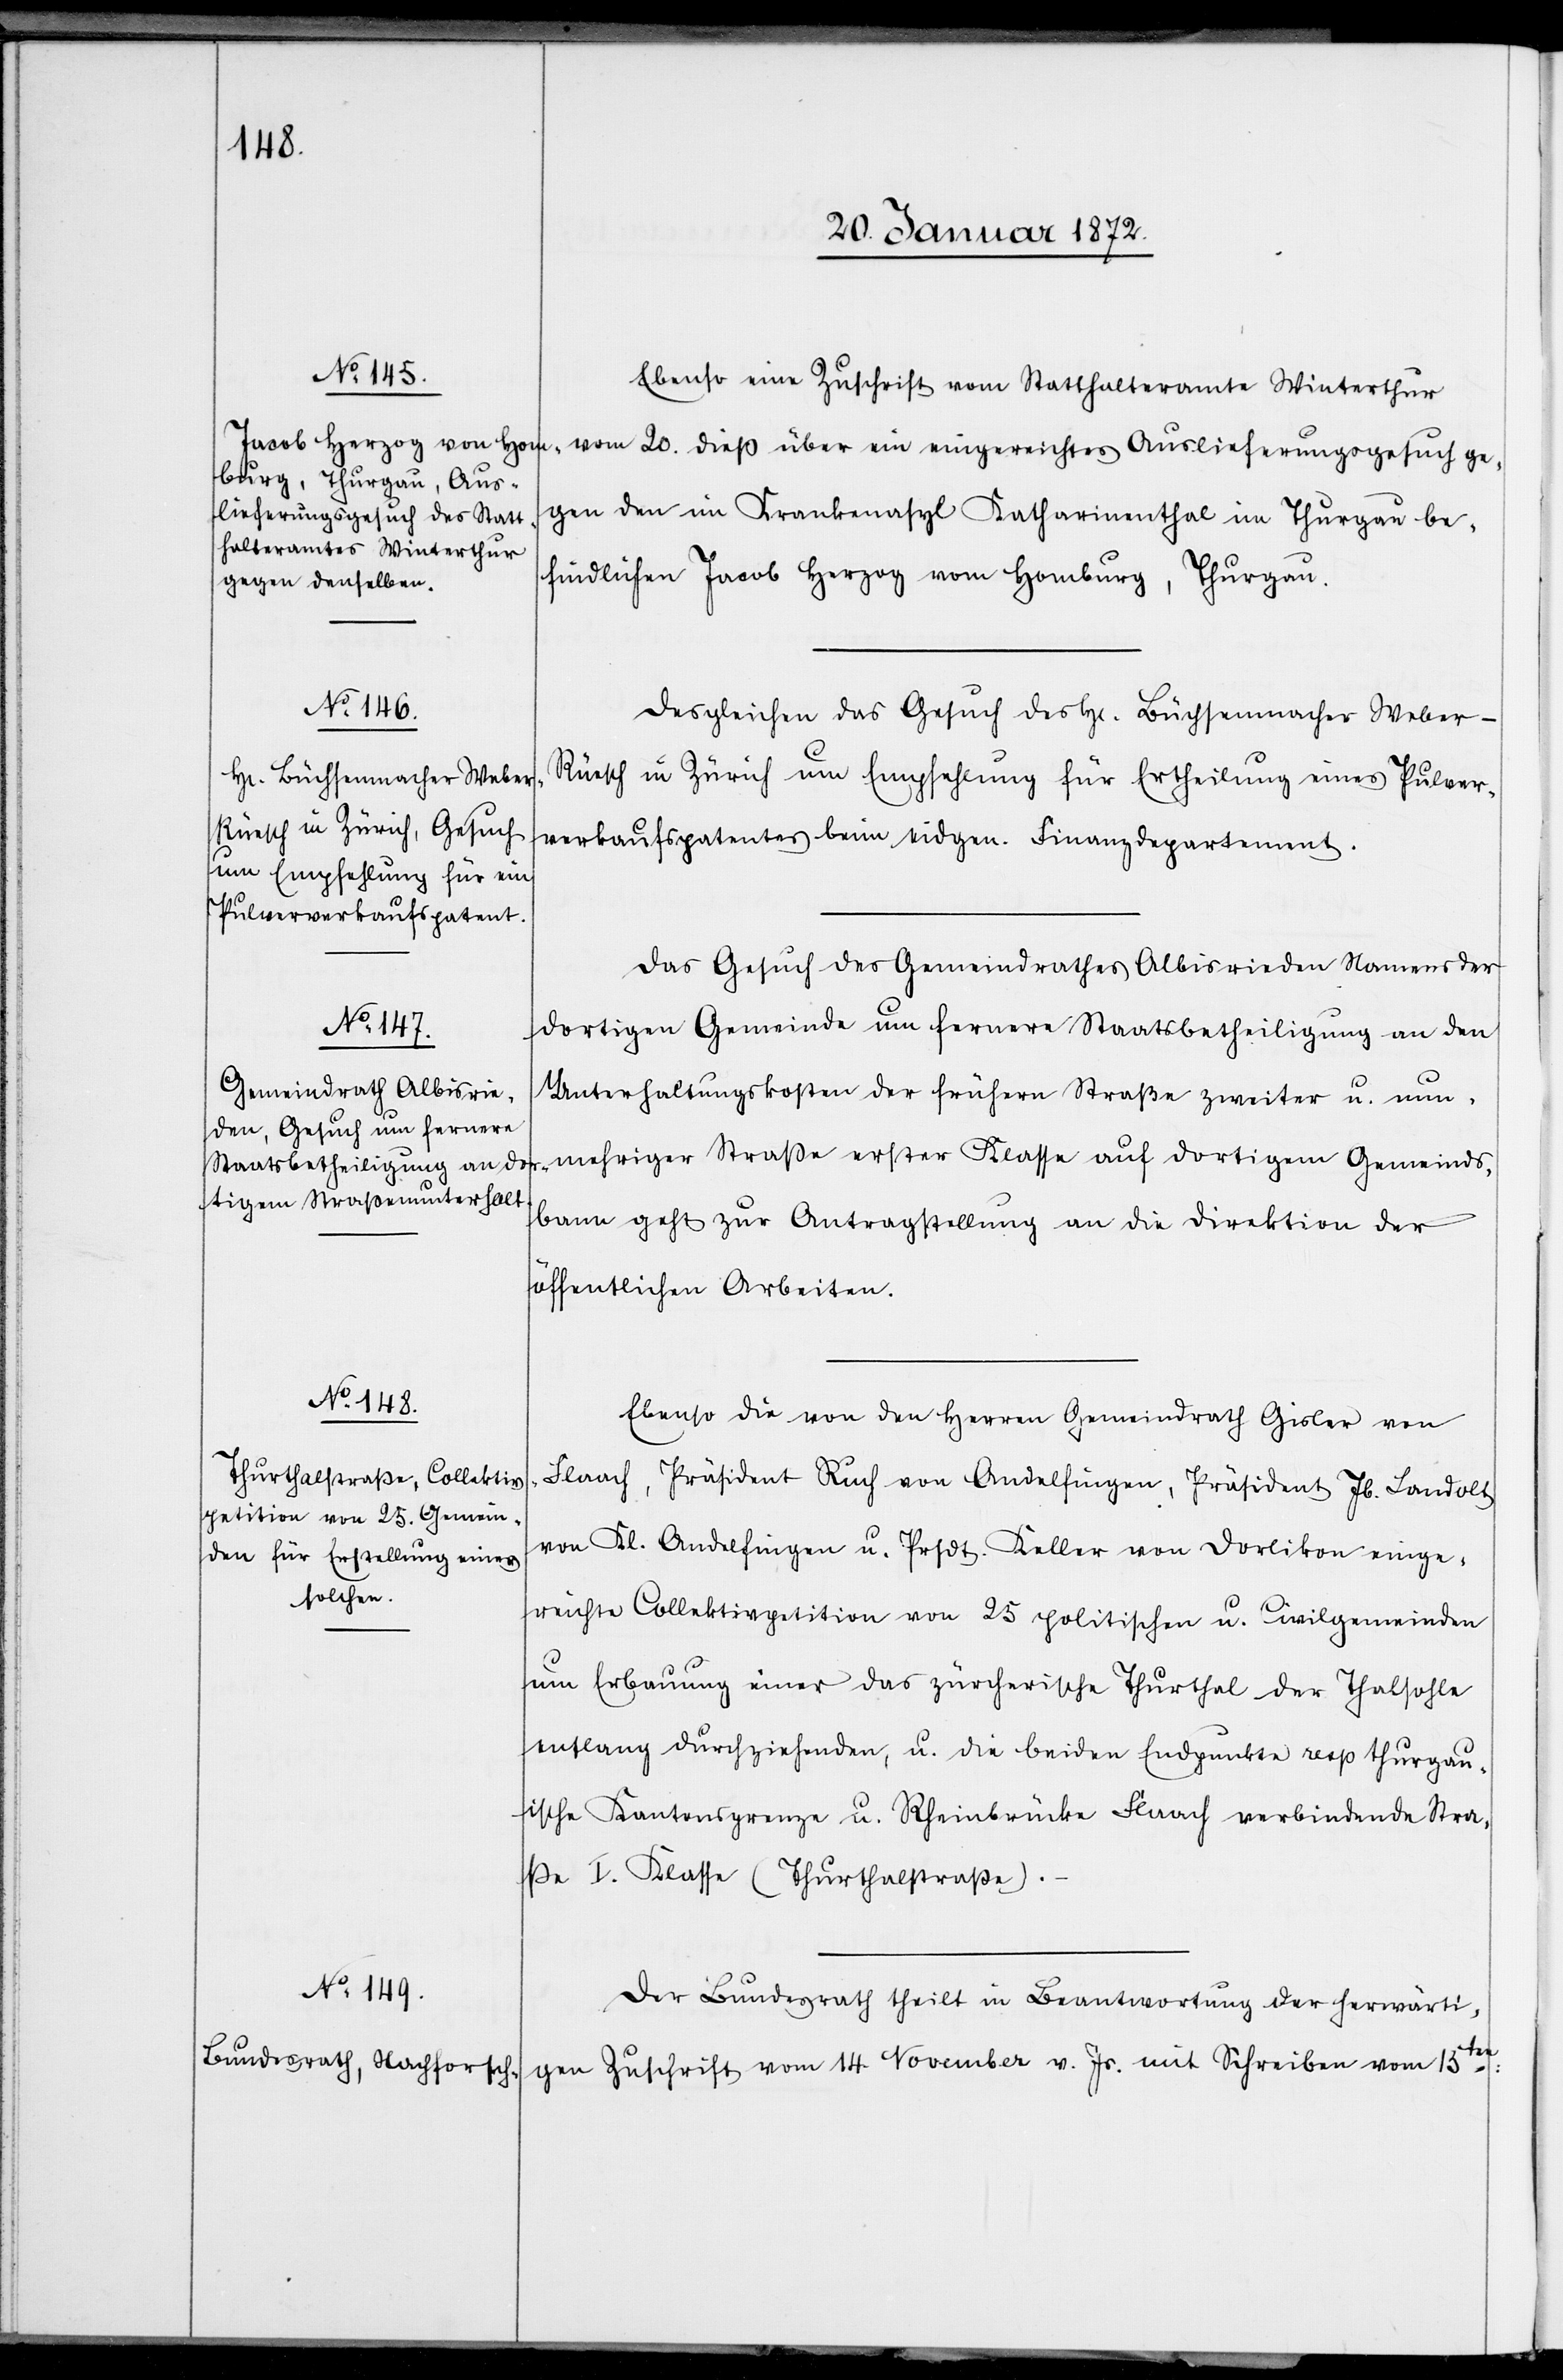
23. Januar 1872.]
Ebenso eine Zuschrift vom Statthalteramte Winterthur
gegen den im Krankenasyl Katharinenthal im Thurgau be¬
findlichen Jacob Herzog vom Homburg, Thurgau.
Desgleichen das Gesuch des H[errn] Büchsenmacher Weber-R¬
üesch in Zürich um Empfehlung für Ertheilung eines Pulver¬
verkaufspatentes beim eidgen. Finanzdepartement.
Das Gesuch des Gemeindrathes Albisrieden Namens der
dortigen Gemeinde um fernere Staatsbetheiligung an den
Unterhaltungskosten der frühern Straße zweiter u. nun¬
mehriger Straße erster Klasse auf dortigem Gemeinds¬
bann geht zur Antragstellung an die Direktion der
öffentlichen Arbeiten.
Ebenso die von den Herren Gemeindrath Gisler von
Flaach, Präsident Ruch von Andelfingen, Präsident Jb. Landolt
von Kl. Andelfingen u. Prsdt. Keller von Dorlikon einge¬
reichte Collektivpetition von 25 politischen u. Civilgemeinden
um Erbauung einer das zürcherische Thurthal der Thalsohle
entlang durchziehenden, u. die beiden Endpunkte resp thurgau¬
ische Kantonsgrenze u. Rheinbrücke Flaach verbindende Stra¬
ße I. Klasse (Thurthalstraße).
Der Bundesrath theilt in Beantwortung der herwärtigen